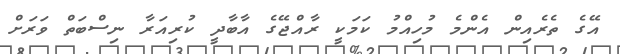
އޭގެ ތެރެއިން އެންމެ މުހިއްމު ކަމަކީ ރާއްޖޭގެ އާބާދީ ކުރިއަރާ ނިސްބަތް ވަރަށް